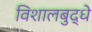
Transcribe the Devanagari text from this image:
विशालबुद्धे